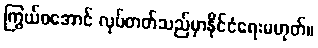
ကြွယ်ဝအောင် လုပ်တတ်သည်မှာနိုင်ငံရေးမဟုတ်။